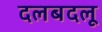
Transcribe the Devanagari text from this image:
दलबदलू